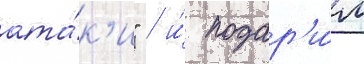
ата́к'и" / и́ подар'и́л